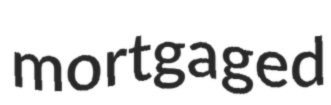
mortgaged